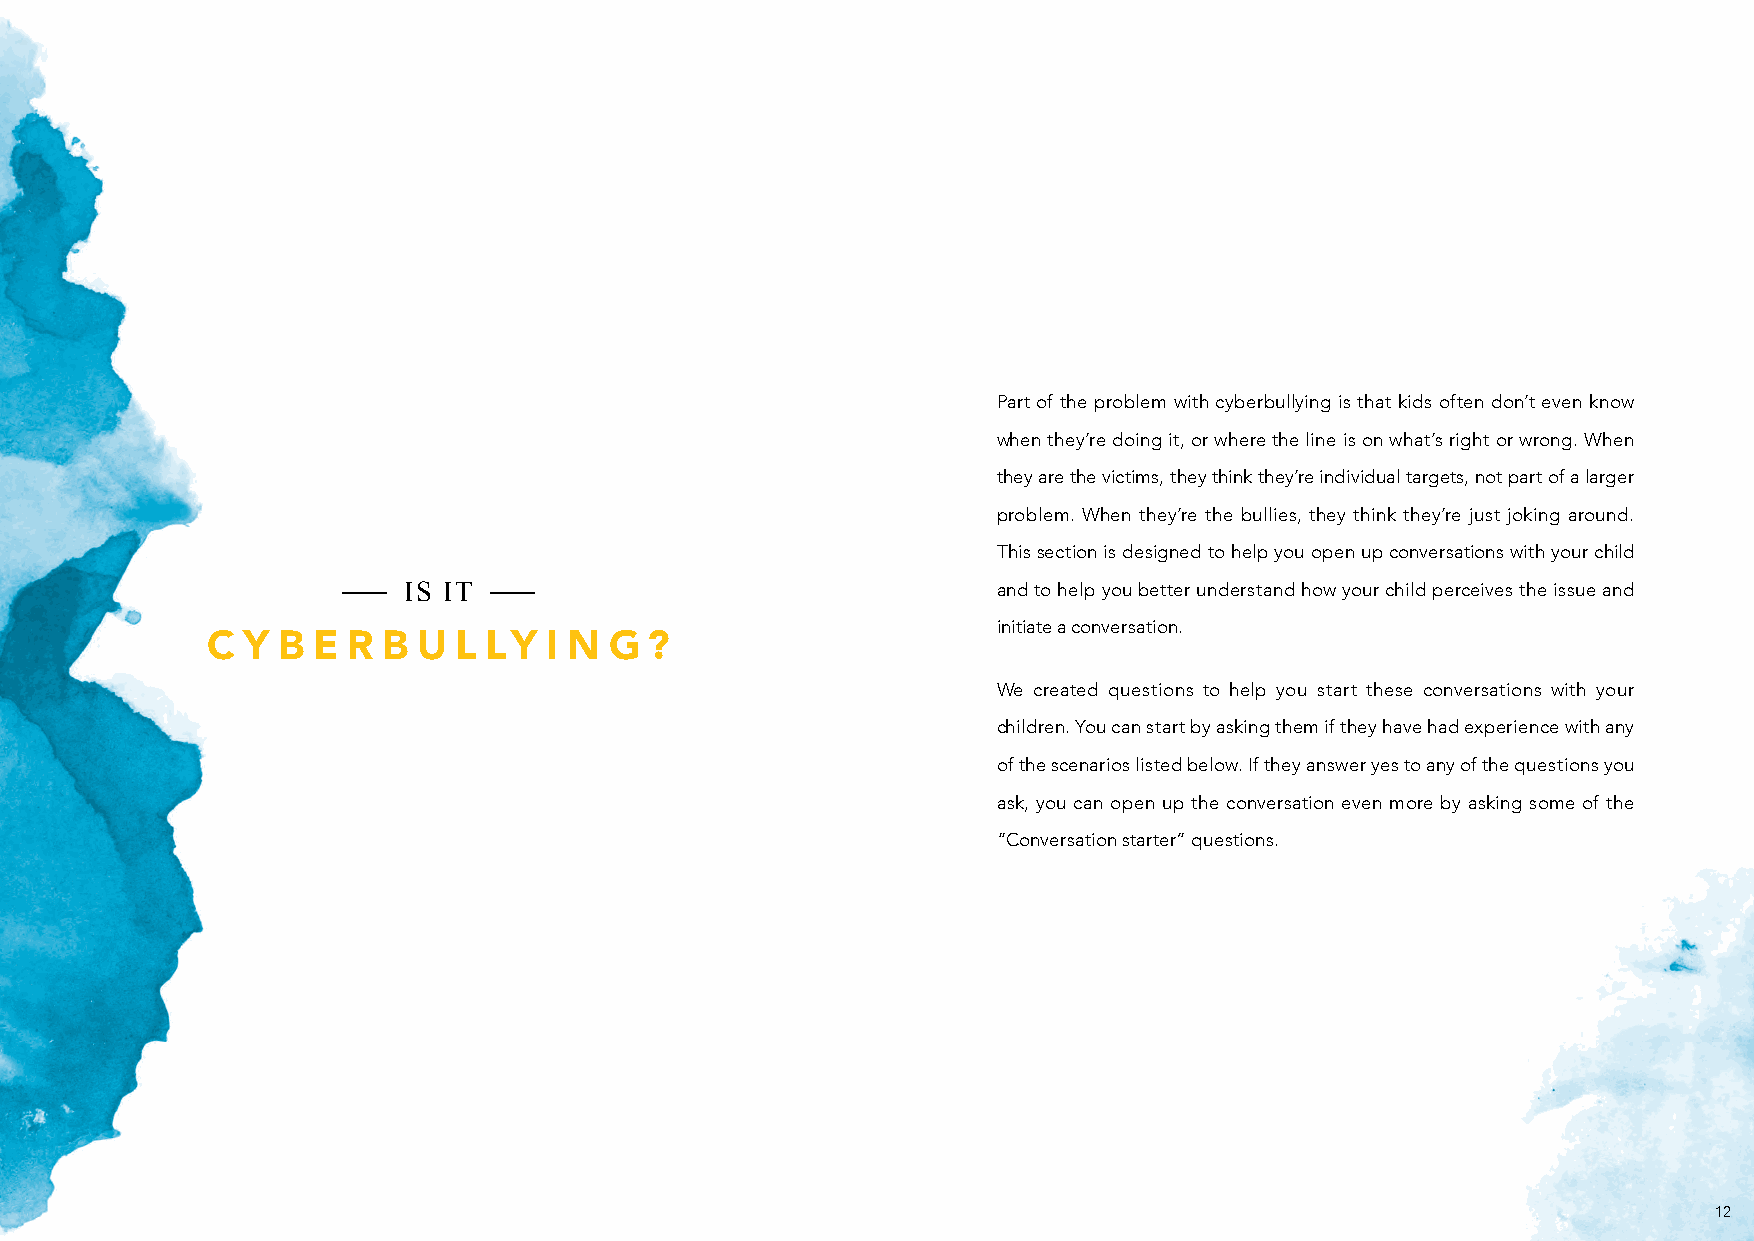
Part of the problem with cyberbullying is that kids often don’t even know
 when they’re doing it, or where the line is on what’s right or wrong. When
 they are the victims, they think they’re individual targets, not part of a larger
 problem. When they’re the bullies, they think they’re just joking around.
 This section is designed to help you open up conversations with your child
 IS IT                                  and to help you better understand how your child perceives the issue and
 initiate a conversation.
 C Y B  E R B  U L LY  I N G  ?
 We created questions to help you start these conversations with your
 children. You can start by asking them if they have had experience with any
 of the scenarios listed below. If they answer yes to any of the questions you
 ask, you can open up the conversation even more by asking some of the
 “Conversation starter” questions.
 12